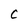
Character: C